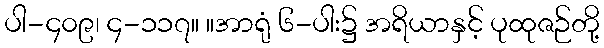
ပါ-၄၀၉၊ ၄-၁၁၇။ ။အာရုံ ၆-ပါး၌ အရိယာနှင့် ပုထုဇဉ်တို့